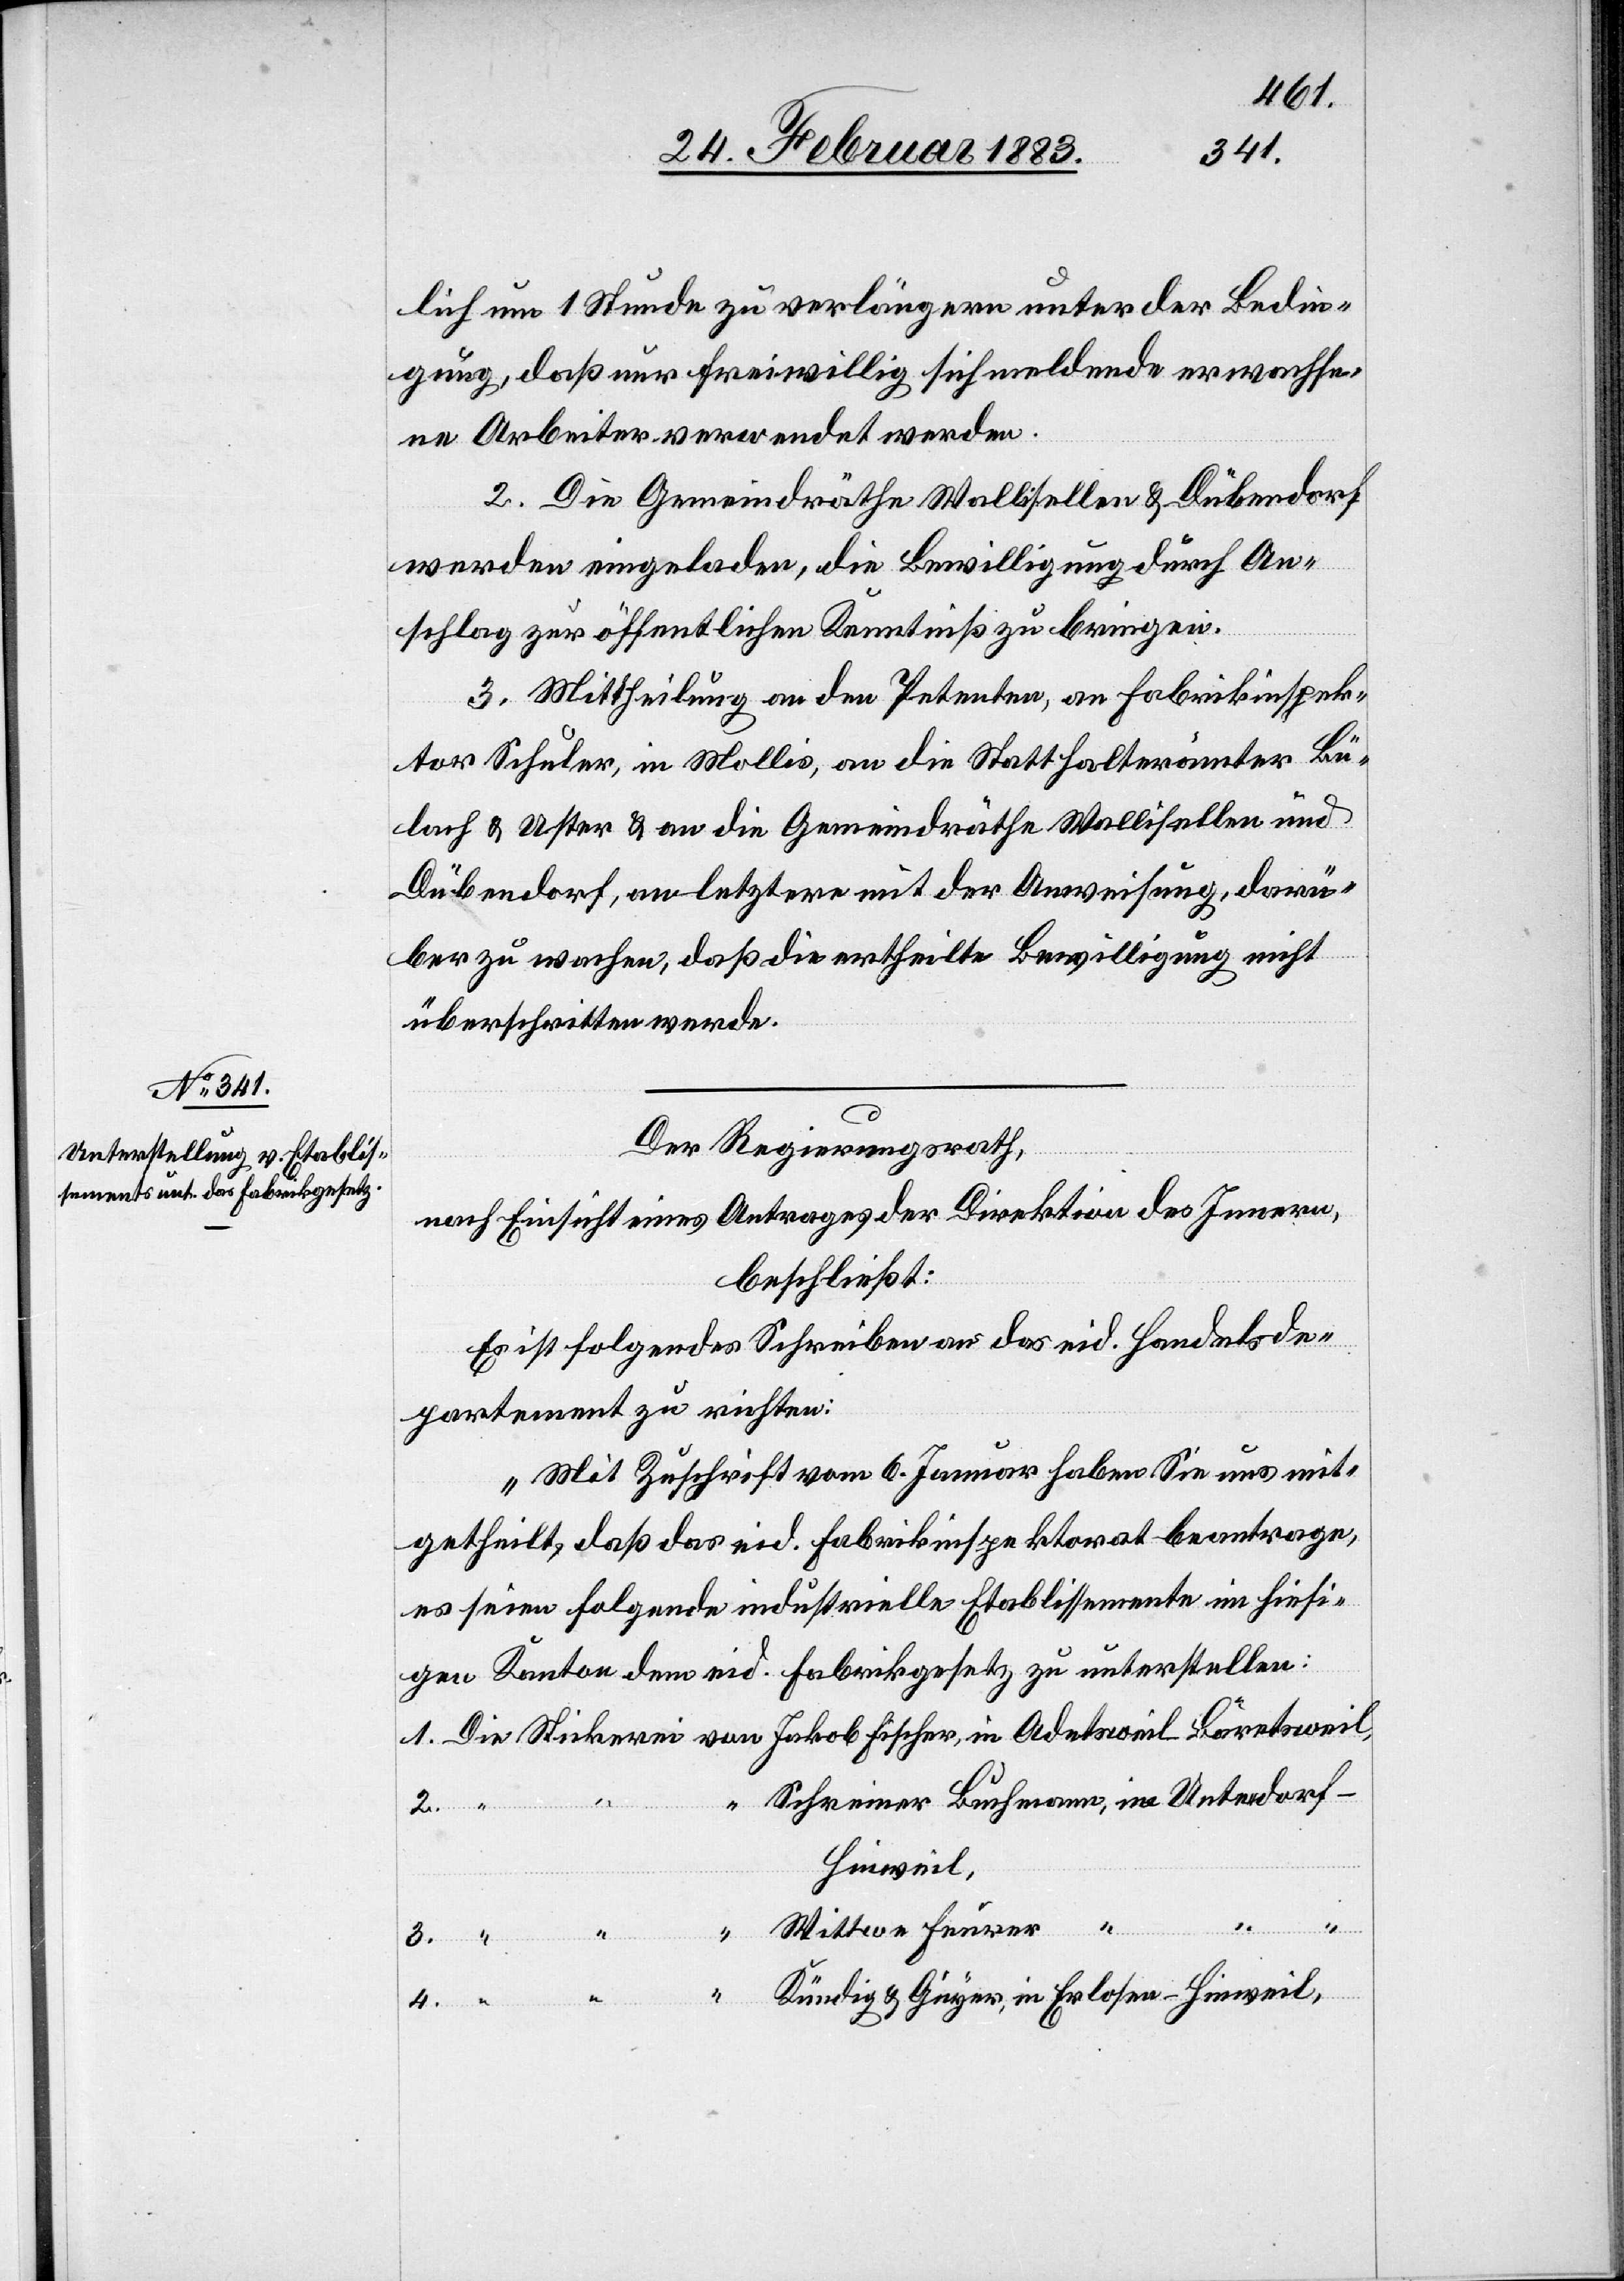
lich um 1 Stunde zu verlängern unter der Bedin¬
gung, daß nur freiwillig sich meldende erwachse¬
ne Arbeiter verwendet werden.
2. Die Gemeindräthe Wallisellen & Dübendorf
werden eingeladen, die Bewilligung durch An¬
schlag zur öffentlichen Kenntniß zu bringen.
3. Mittheilung an den Petenten, an Fabrikinspek¬
tor Schuler, in Mollis, an die Statthalterämter Bü¬
lach & Uster & an die Gemeindräthe Wallisellen und
Dübendorf, an letztere mit der Anweisung, darü¬
ber zu wachen, daß die ertheilte Bewilligung nicht
überschritten werde.